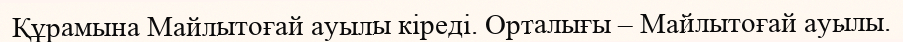
Құрамына Майлытоғай ауылы кіреді. Орталығы – Майлытоғай ауылы.